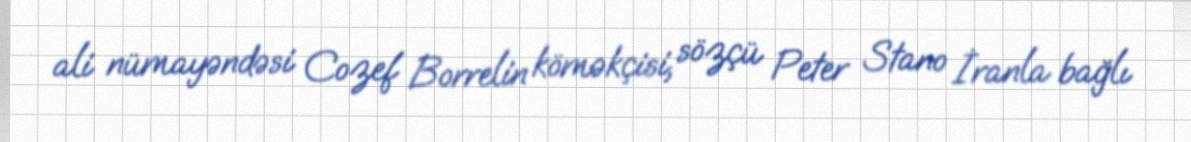
ali nümayəndəsi Cozef Borrelin köməkçisi, sözçü Peter Stano İranla bağlı